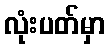
လုံးပတ်မှာ